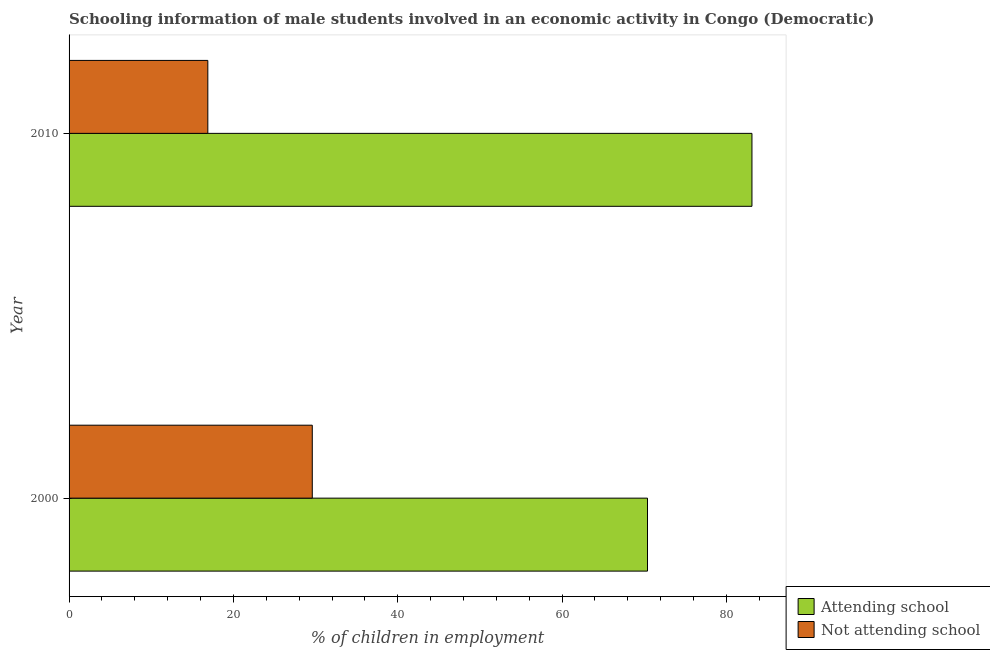
| Year | Attending school | Not attending school |
 | --- | --- | --- |
 | 2000 | 70.4 | 29.6 |
 | 2010 | 83.1 | 16.9 |